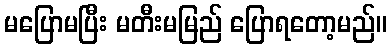
မပြောမပြီး မတီးမမြည် ပြောရတော့မည်။